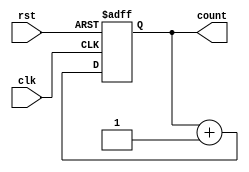
module binary_counter (
    input clk,
    input rst,
    output reg [3:0] count
);

always @(posedge clk or posedge rst)
begin
    if (rst)
        count <= 4'd0;
    else
        count <= count + 1;
end

endmodule